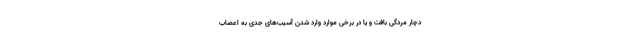
دچار مردگی بافت و یا در برخی موارد وارد شدن آسیب‌های جدی به اعصاب